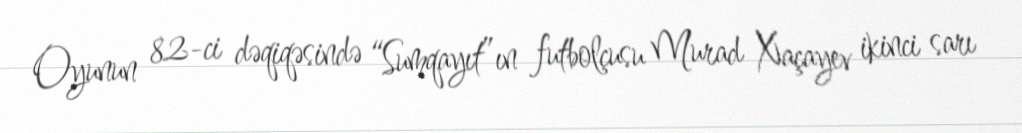
Oyunun 82-ci dəqiqəsində “Sumqayıt”ın futbolçusu Murad Xaçayev ikinci sarı